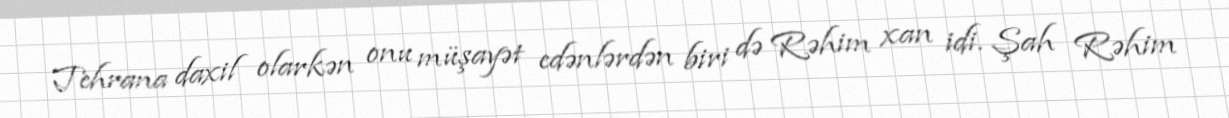
Tehrana daxil olarkən onu müşayət edənlərdən biri də Rəhim xan idi. Şah Rəhim